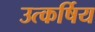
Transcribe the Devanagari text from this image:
उत्कर्षिय